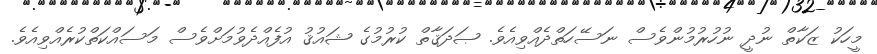
މީހަކު ޒަކާތް ނުދީ ނުހުރުމުންވެސް ނަސޭހަތްދެއްވިއެވެ. ޞަދަޤާތް ކުރުމުގެ ޝައުޤު އުފެއްދެވުމަށްވެސް މަސައްކަތްކުރެއްވިއެވެ.